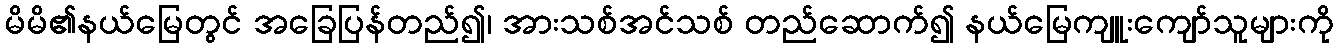
မိမိ၏နယ်မြေတွင် အခြေပြန်တည်၍၊ အားသစ်အင်သစ် တည်ဆောက်၍ နယ်မြေကျူးကျော်သူများကို